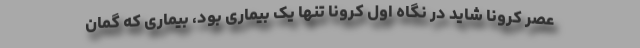
عصر کرونا شاید در نگاه اول کرونا تنها یک بیماری بود، بیماری که گمان